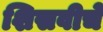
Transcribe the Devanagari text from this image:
शिसवीचे